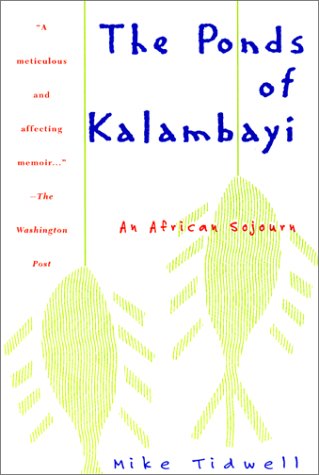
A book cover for The Ponds of Kalambayi; Mike Tidwell; Travel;